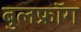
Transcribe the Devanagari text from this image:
बुलफ्रॉग